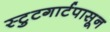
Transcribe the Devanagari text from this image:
स्टुटगार्टपासून